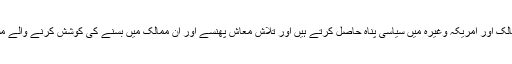
جس کا فائدہ اٹھا کر یہ مغربی ممالک اور امریکہ وغیرہ میں سیاسی پناہ حاصل کرتے ہیں اور تلاش معاش پھنسے اور ان ممالک میں بسنے کی کوشش کرنے والے مسلمان نوجوانوں کو ورغلاتے ہیں۔